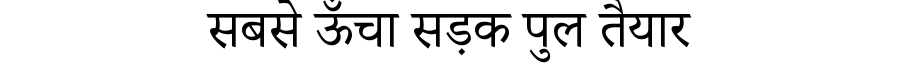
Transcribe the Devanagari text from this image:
सबसे ऊँचा सड़क पुल तैयार